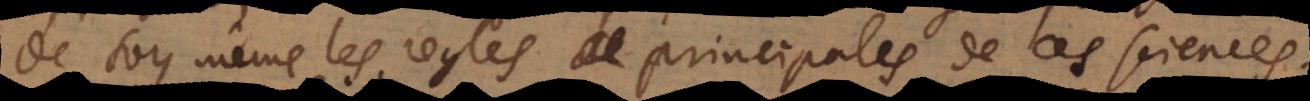
de soy même les regles principales de ces sciences.